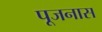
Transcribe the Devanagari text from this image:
पूजनास